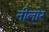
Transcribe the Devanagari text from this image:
नीलोर